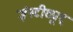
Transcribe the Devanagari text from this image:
इंस्टीट्यूट्